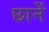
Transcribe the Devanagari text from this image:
छानें